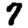
Digit: 7